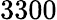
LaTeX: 3300